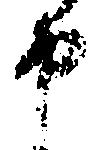
申